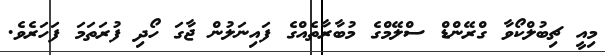
މިއީ ޗިބުލްކޯވާ ގްރޭންޑް ސްލޭމްގެ މުބާރާތެއްގެ ފައިނަލުން ޖާގަ ހޯދި ފުރަތަމަ ފަހަރެވެ.